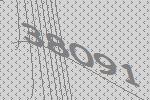
38091